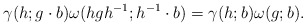
\begin{align*}\gamma(h;g\cdot b) \omega(hgh^{-1}; h^{-1}\cdot b)=\gamma(h;b)\omega(g;b).\end{align*}